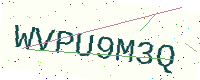
Text: WVPU9M3Q